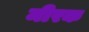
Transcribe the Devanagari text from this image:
मीरक